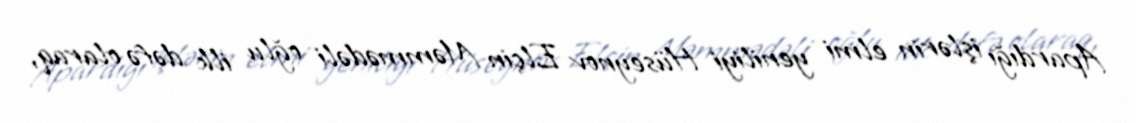
Apardığı işlərin elmi yeniliyi Hüseynov Elçin Məmmədəli oğlu ilk dəfə olaraq,